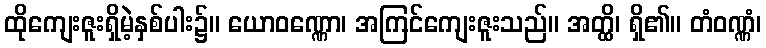
ထိုကျေးဇူးရှိမဲ့နှစ်ပါး၌။ ယောဝဏ္ဏော၊ အကြင်ကျေးဇူးသည်။ အတ္ထိ၊ ရှိ၏။ တံဝဏ္ဏံ၊